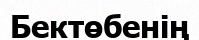
Бектөбенің